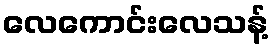
လေကောင်းလေသန့်